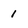
Character: 1